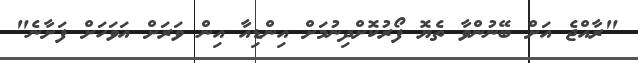
"ރާއްޖެ އަށް ބޭނުންވާ ތެޔޮ ފޯރުުކޮށްދިނުމަށް އިންޑިއާ އިން ވަރަށް އަވަހަށް ފަށާނެ"